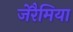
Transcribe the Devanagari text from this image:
जेरैमिया